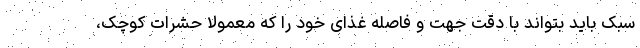
سبک باید بتواند با دقت جهت و فاصله غذای خود را که معمولا حشرات کوچک،